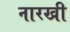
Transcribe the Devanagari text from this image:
नारखी